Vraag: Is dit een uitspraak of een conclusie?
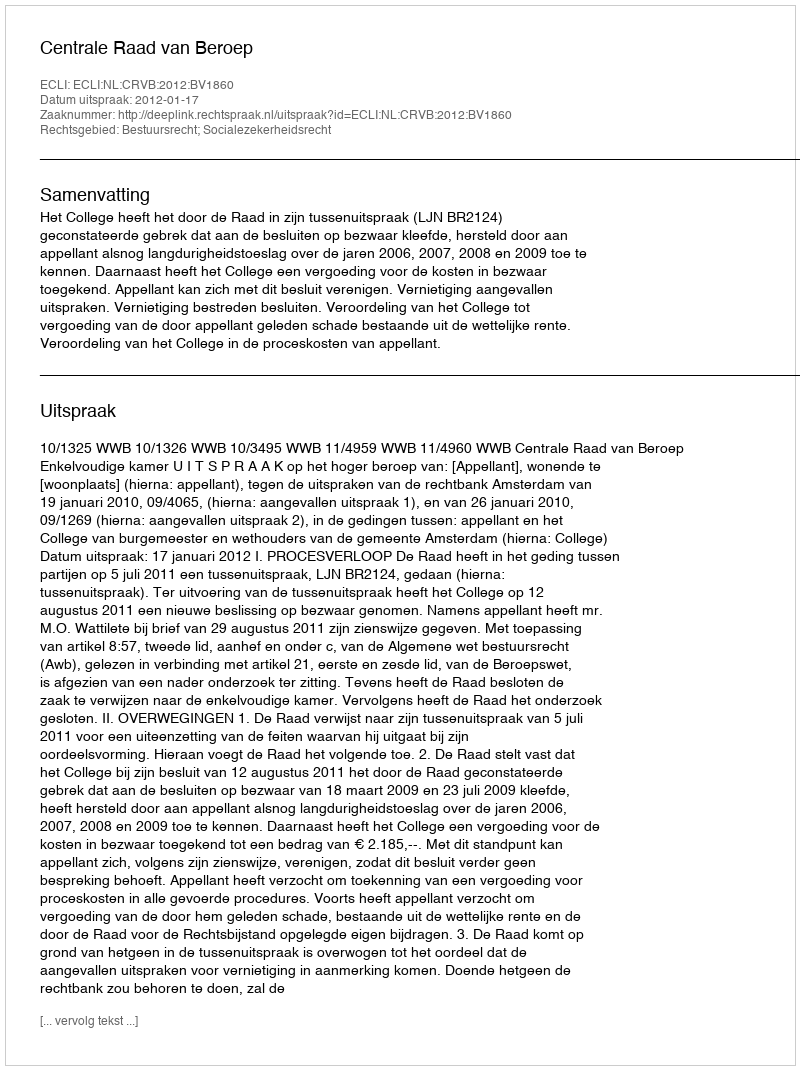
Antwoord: Uitspraak